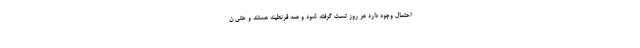
احتمال وجود دارد هر روز تست گرفته شود و همه قرنطینه هستند و حتی ن